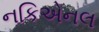
નકિએનલ